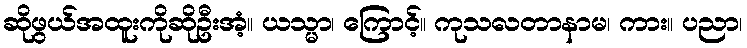
ဆိုဖွယ်အထူးကိုဆိုဦးအံ့။ ယသ္မာ၊ ကြောင့်။ ကုသလတာနာမ၊ ကား။ ပညာ၊